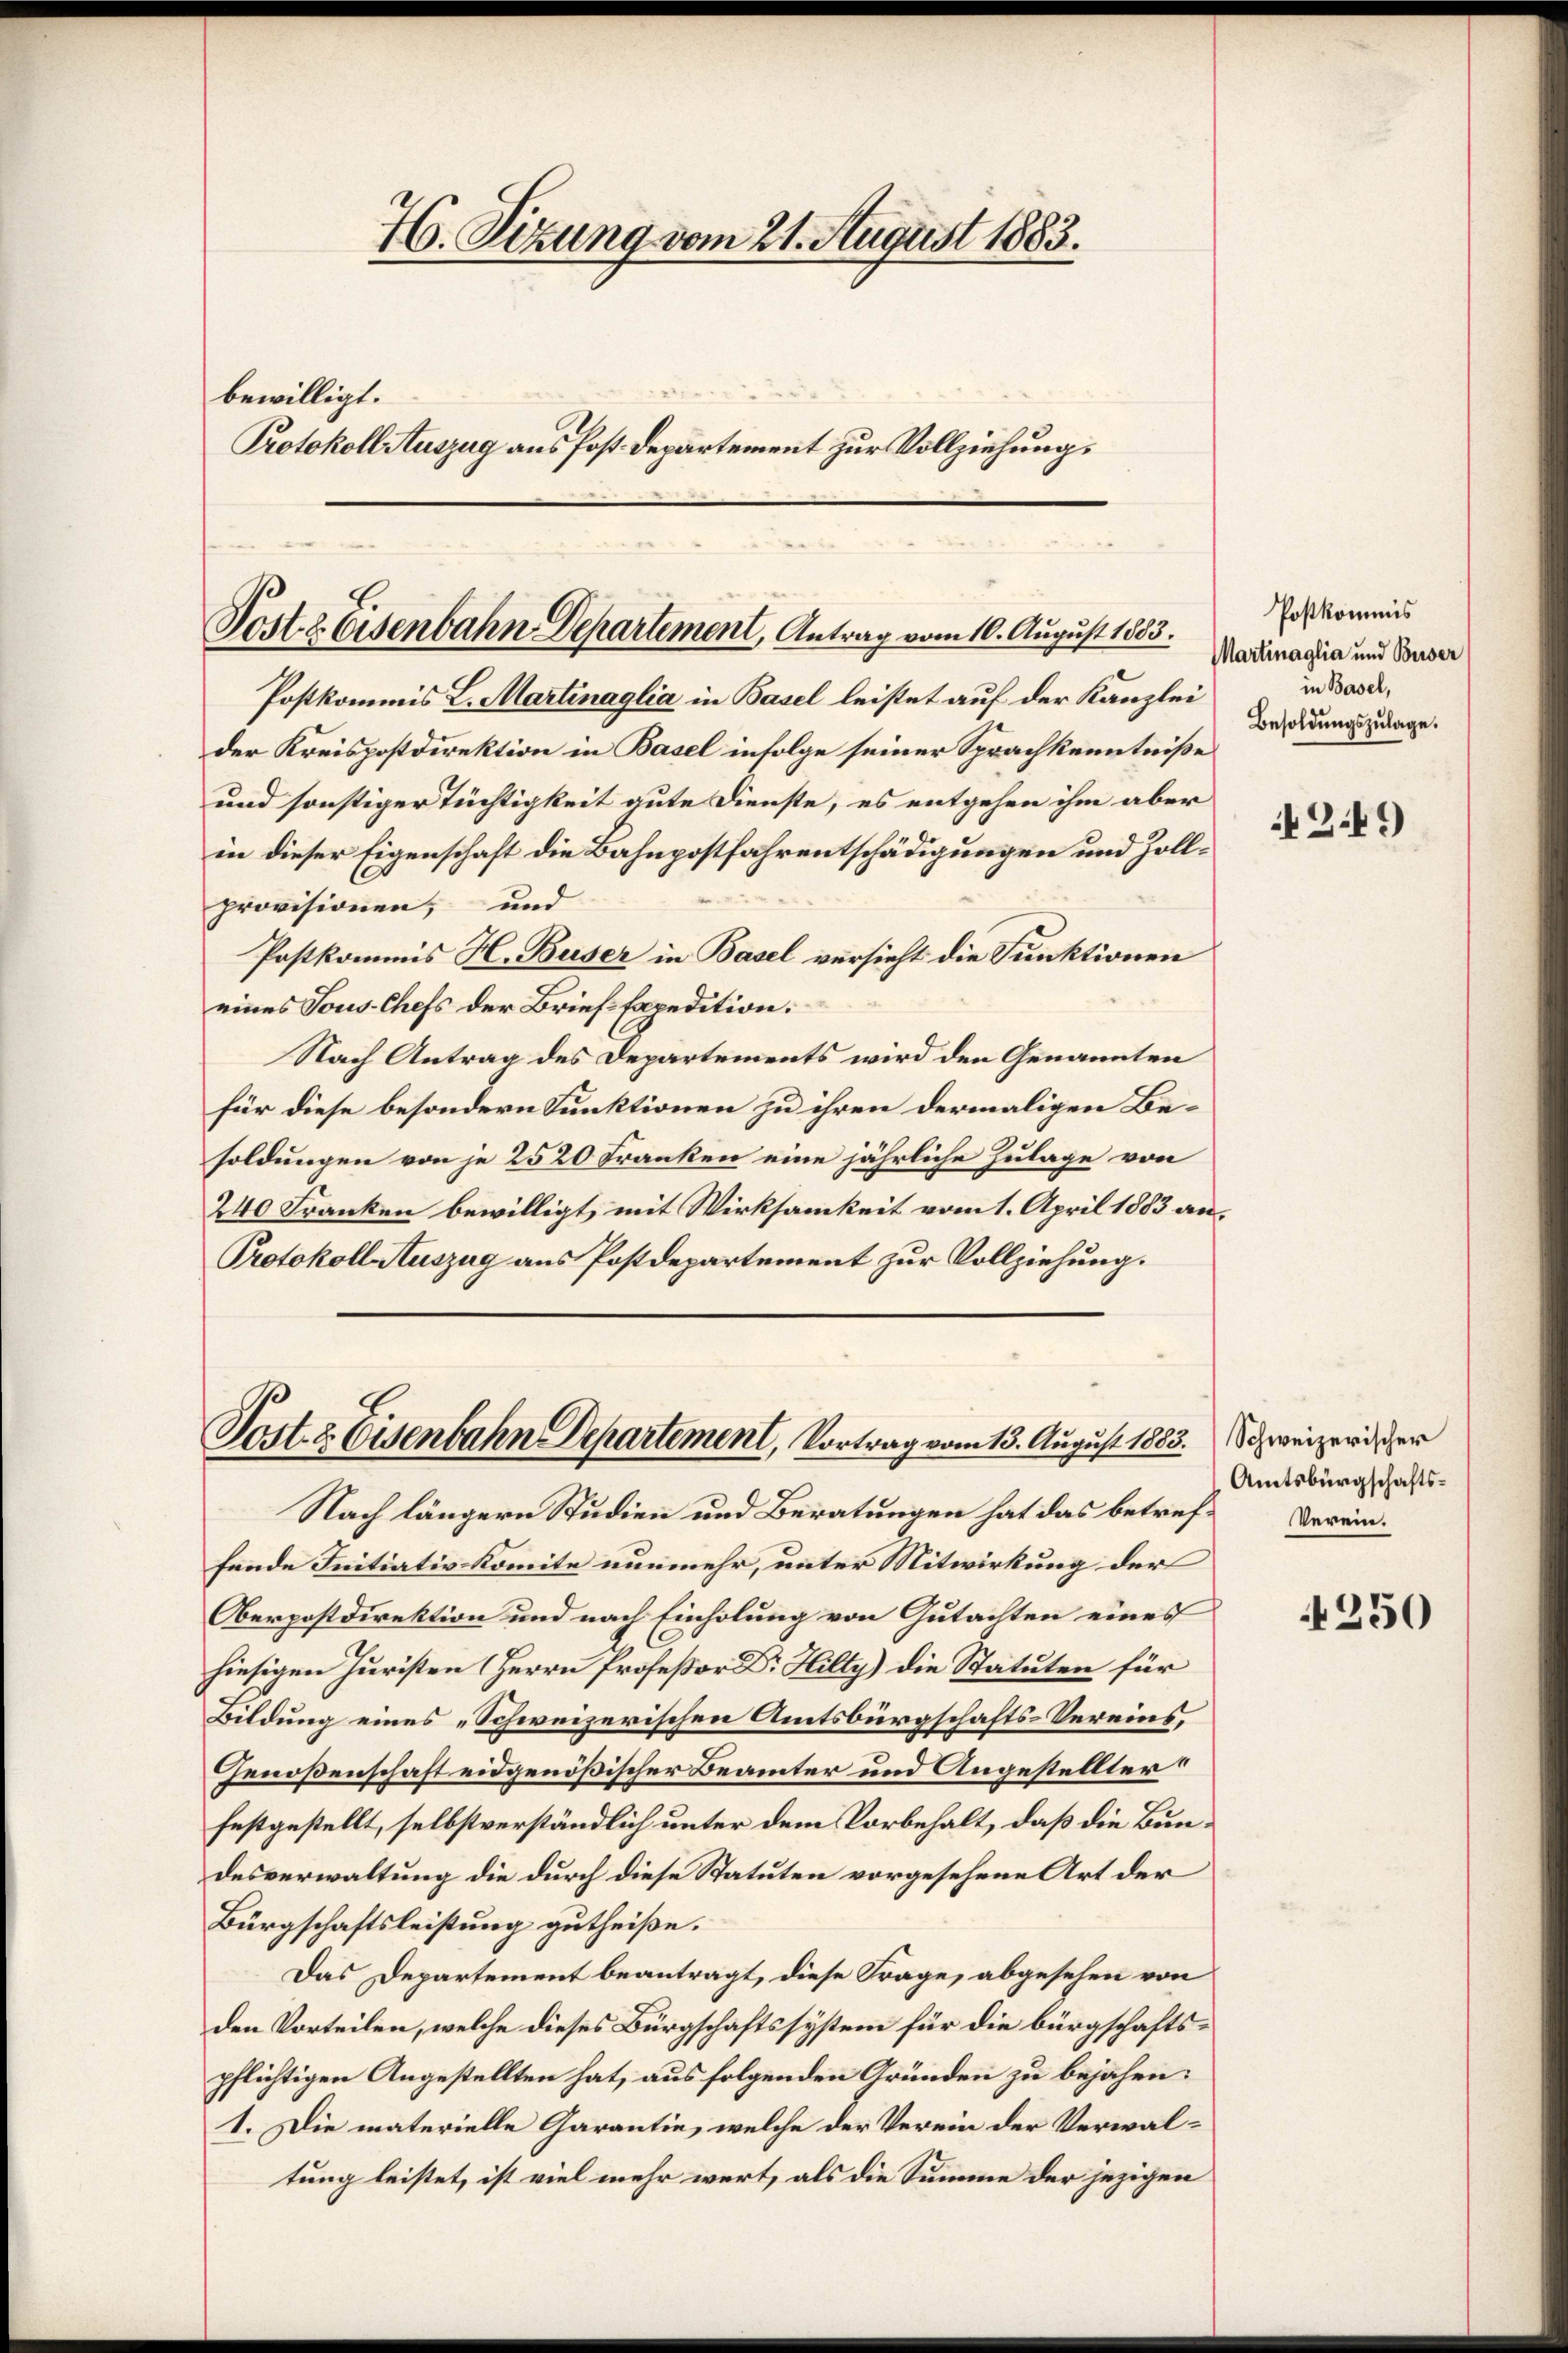
76. Sitzung vom 21. August 1883.
bewilligt.
Protokoll Auszug aus Post Departement zur Vollziehung,

Post 8 Eisenbahn Departement, Antrag vom 10. August 1883.

Postkommis L. Martinaglia in Basel leistet auf der Kanzlei
der Kreispostdirektion in Basel infolge seiner Sprachkenntniße
und sonstiger Tüchtigkeit gute Dienste, es entgehen ihm aber
in dieser Eigenschaft die Bahnpostfahrentschädigungen und Zollprovisionen, und
Postkommis H. Buser in Basel versicht die Funktionen
eines Tous-Chefs der Brief sapedition.
Nach Antrag des Departements wird den Genannten
für diese besondern Funktionen zu ihren dermaligen Besoldungen von je 2520 Franken eine jährliche Zulage von
240 Franken bewilligt, mit Wirksamkeit vom 1. April 1883 an.
Protokoll Auszug aus Postdepartement zur Vollziehung.

Vort. 2. Eisenbahn Departement, Vortrag vom 13. August 1883. Schweizerischer

Nach längern Studien und Beratungen hat das betreffende Initiativkomite nunmehr, unter Mitwirkung der
Oberpostdirektion und nach Einholung von Gutachten eines
hiesigen Juristen (Herrn Professor Dr. Hilty) die Statuten für
Bildung eines „Schweizerischen Amtsbürgschafts-Vereins,
Genoßenschaft eidgenößischer Beamter und Angestellter
festgestellt, selbstverständlich unter dem Vorbehalt, daß die Bundesverwaltung die durch diese Statuten vorgesehene Art der
Bürgschaftsleistung gutheiße.
Das Departement beantragt, diese Frage, abgesehen von
den Vorteilen, welche dieses Bürgschaftssystem für die bürgschaftspflichtigen Angestellten hat, aus folgenden Gründen zu bejahen:
1. Die materielle Garantie, welche der Verein der Verwaltung leistet, ist viel mehr wert, als die Summe der jezigen

Postkommis
Martinaglia und Buser
in Basel,
Besoldungszulage.

249

Amtsbürgschafts¬
Verein.

4250